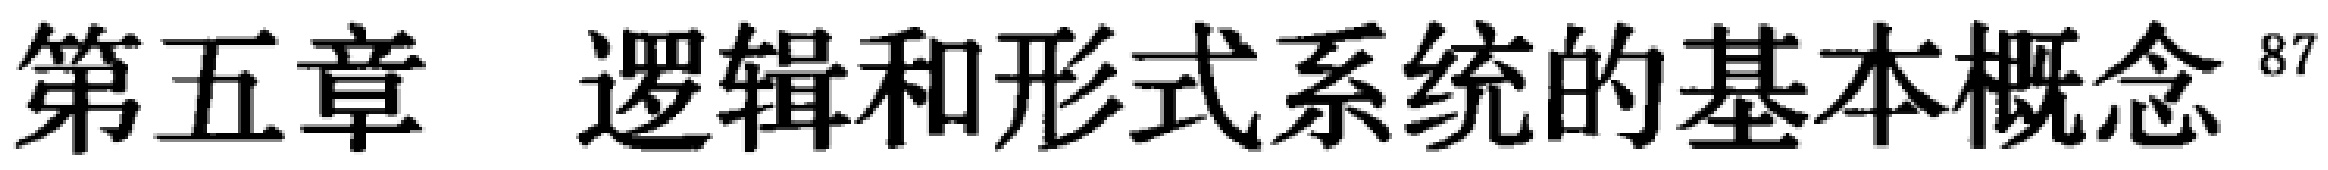
第五章 逻辑和形式系统的基本概念\footnote{87}